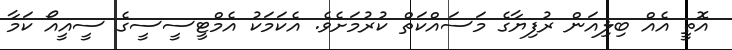
އޮތީ އެއް ބިލިއަން ރުފިޔާގެ މަސައްކަތް ކުރުމަށެވެ. އެކަމަކު އެމްޓީސީސީގެ ސީއީއޯ ކަމާ